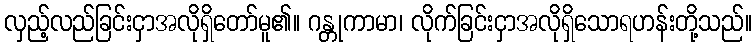
လှည့်လည်ခြင်းငှာအလိုရှိတော်မူ၏။ ဂန္တုကာမာ၊ လိုက်ခြင်းငှာအလိုရှိသောရဟန်းတို့သည်။